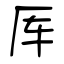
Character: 厍